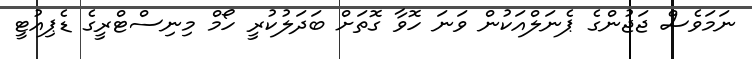
ނަމަވެސް ޖަޖުންގެ ޕެނަލްއަކުން ވަނަ ހޮވާ ގޮތަށް ބަދަލުކުރީ ހޯމް މިނިސްޓްރީގެ ޑެޕިއުޓީ